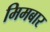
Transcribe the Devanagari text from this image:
मिमबार